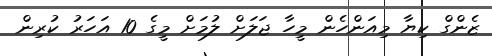
ޒެންގް ކިޔާ މިއަންހެން މީހާ ޖަލަށް ލުމަށް މީގެ 10 އަހަރު ކުރިން